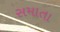
સમાતા